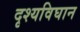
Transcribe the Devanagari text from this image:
दृश्यविघान